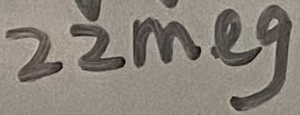
Text: 22meg